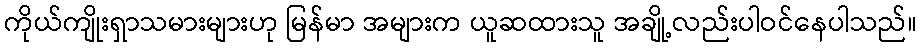
ကိုယ်ကျိုးရှာသမားများဟု မြန်မာ အများက ယူဆထားသူ အချို့လည်းပါဝင်နေပါသည်။